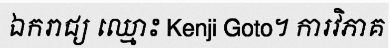
ឯករាជ្យ ឈ្មោះ Kenji Goto។ ការវិភាគ